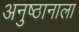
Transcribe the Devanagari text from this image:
अनुष्ठानाला